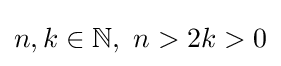
n,k\in \mathbb {N} ,\ n>2k>0